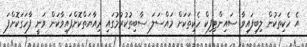
އެ ހެކިތަކުން ލިބިފައިވާ ސައިންޓިފިކް ހެކިތަކަށް މައްސަލަ ސާބިތުކުރުމުގައި ރިއާޔަތްކޮށްފައިވާކަން ވަނީ ފާހަގަކޮށްފަ